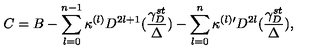
C = B - \sum _ { l = 0 } ^ { n - 1 } \kappa ^ { ( l ) } D ^ { 2 l + 1 } ( \frac { \gamma _ { D } ^ { s t } } { \Delta } ) - \sum _ { l = 0 } ^ { n } \kappa ^ { ( l ) \prime } D ^ { 2 l } ( \frac { \gamma _ { D } ^ { s t } } { \Delta } ) ,